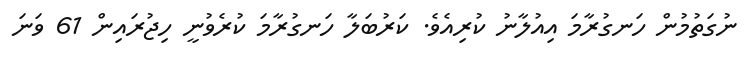
ނުގަތުމުން ހަނގުރާމަ އިއުލާނު ކުރިއެވެ. ކަރުބަލާ ހަނގުރާމަ ކުރެވުނީ ހިޖުރައިން 61 ވަނަ